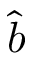
\hat { b }